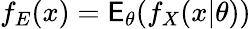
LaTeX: f_{E}(x)=\mathsf E_{\theta}(f_{X}(x|\theta))